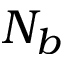
N _ { b }